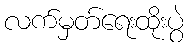
လက်မှတ်ရေးထိုးပွဲ